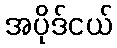
အပိုဒ်ငယ်